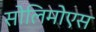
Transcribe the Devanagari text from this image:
सोलिमोएस